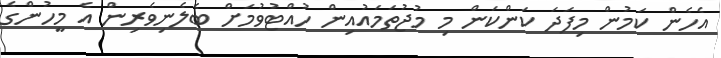
އެހެން ކަމުން މިފަދަ ކަންކަން މި މުޖުތަމައުއިން ހުއްޓުވުމަށް ބެލެނިވެރިން އެ މީހުންގެ